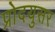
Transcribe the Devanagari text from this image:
प्रोदयुसर